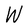
Character: W